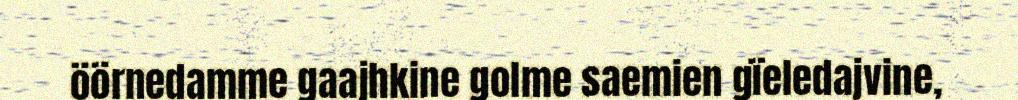
öörnedamme gaajhkine golme saemien gïeledajvine,